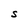
Character: S